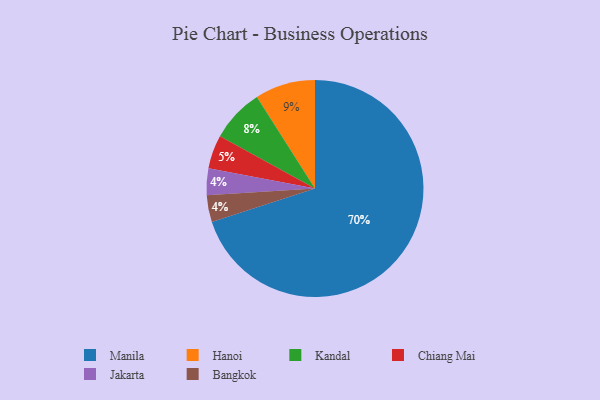
{"axis": {"x": "Category", "y": "Percentage"}, "legend": ["Bangkok", "Chiang Mai", "Hanoi", "Jakarta", "Kandal", "Manila"], "data": [{"x": "Jakarta", "y": 4, "type": "Jakarta"}, {"x": "Bangkok", "y": 4, "type": "Bangkok"}, {"x": "Chiang Mai", "y": 5, "type": "Chiang Mai"}, {"x": "Manila", "y": 70, "type": "Manila"}, {"x": "Hanoi", "y": 9, "type": "Hanoi"}, {"x": "Kandal", "y": 8, "type": "Kandal"}]}